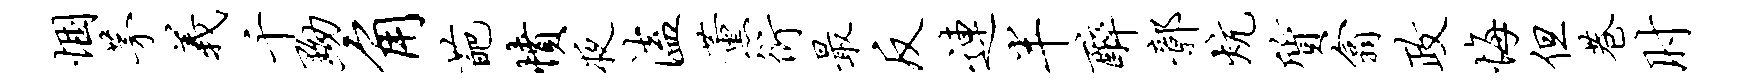
悃茅义千黝角葩愤夜溘薰衍最反连半醉鄣炕质翕政悔但巷肘